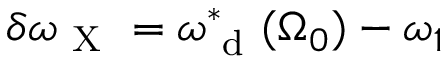
\delta \omega _ { \mathrm { ~ X ~ } } = \omega _ { \mathrm { ~ d ~ } } ^ { * } ( \Omega _ { 0 } ) - \omega _ { 1 }